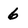
Character: 6